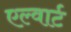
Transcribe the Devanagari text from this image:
एल्वार्ट